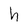
Character: h